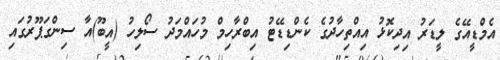
އެމްޑީއޭގެ ލީޑަރު އިދިކޮޅު އިއްތިހާދުގެ ކެންޑިޑޭޓު އިބްރާހިމް މުހައްމަދު ސޯލިހު (އީބޫ)އާ ސިންގަޕޫރުގައި